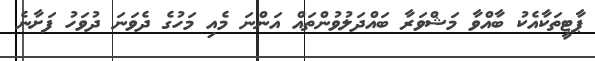
ޕާޓީތަކާއެކު ބާއްވާ މަޝްވަރާ ބައްދަލުވުންތައް އަންނަ މެއި މަހުގެ ދެވަނަ ދުވަހު ފަށާނެ